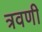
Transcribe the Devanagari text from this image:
त्रवणी